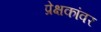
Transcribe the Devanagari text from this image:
प्रेक्षकांवर